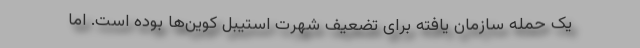
یک حمله سازمان یافته برای تضعیف شهرت استیبل کوین‌ها بوده است. اما